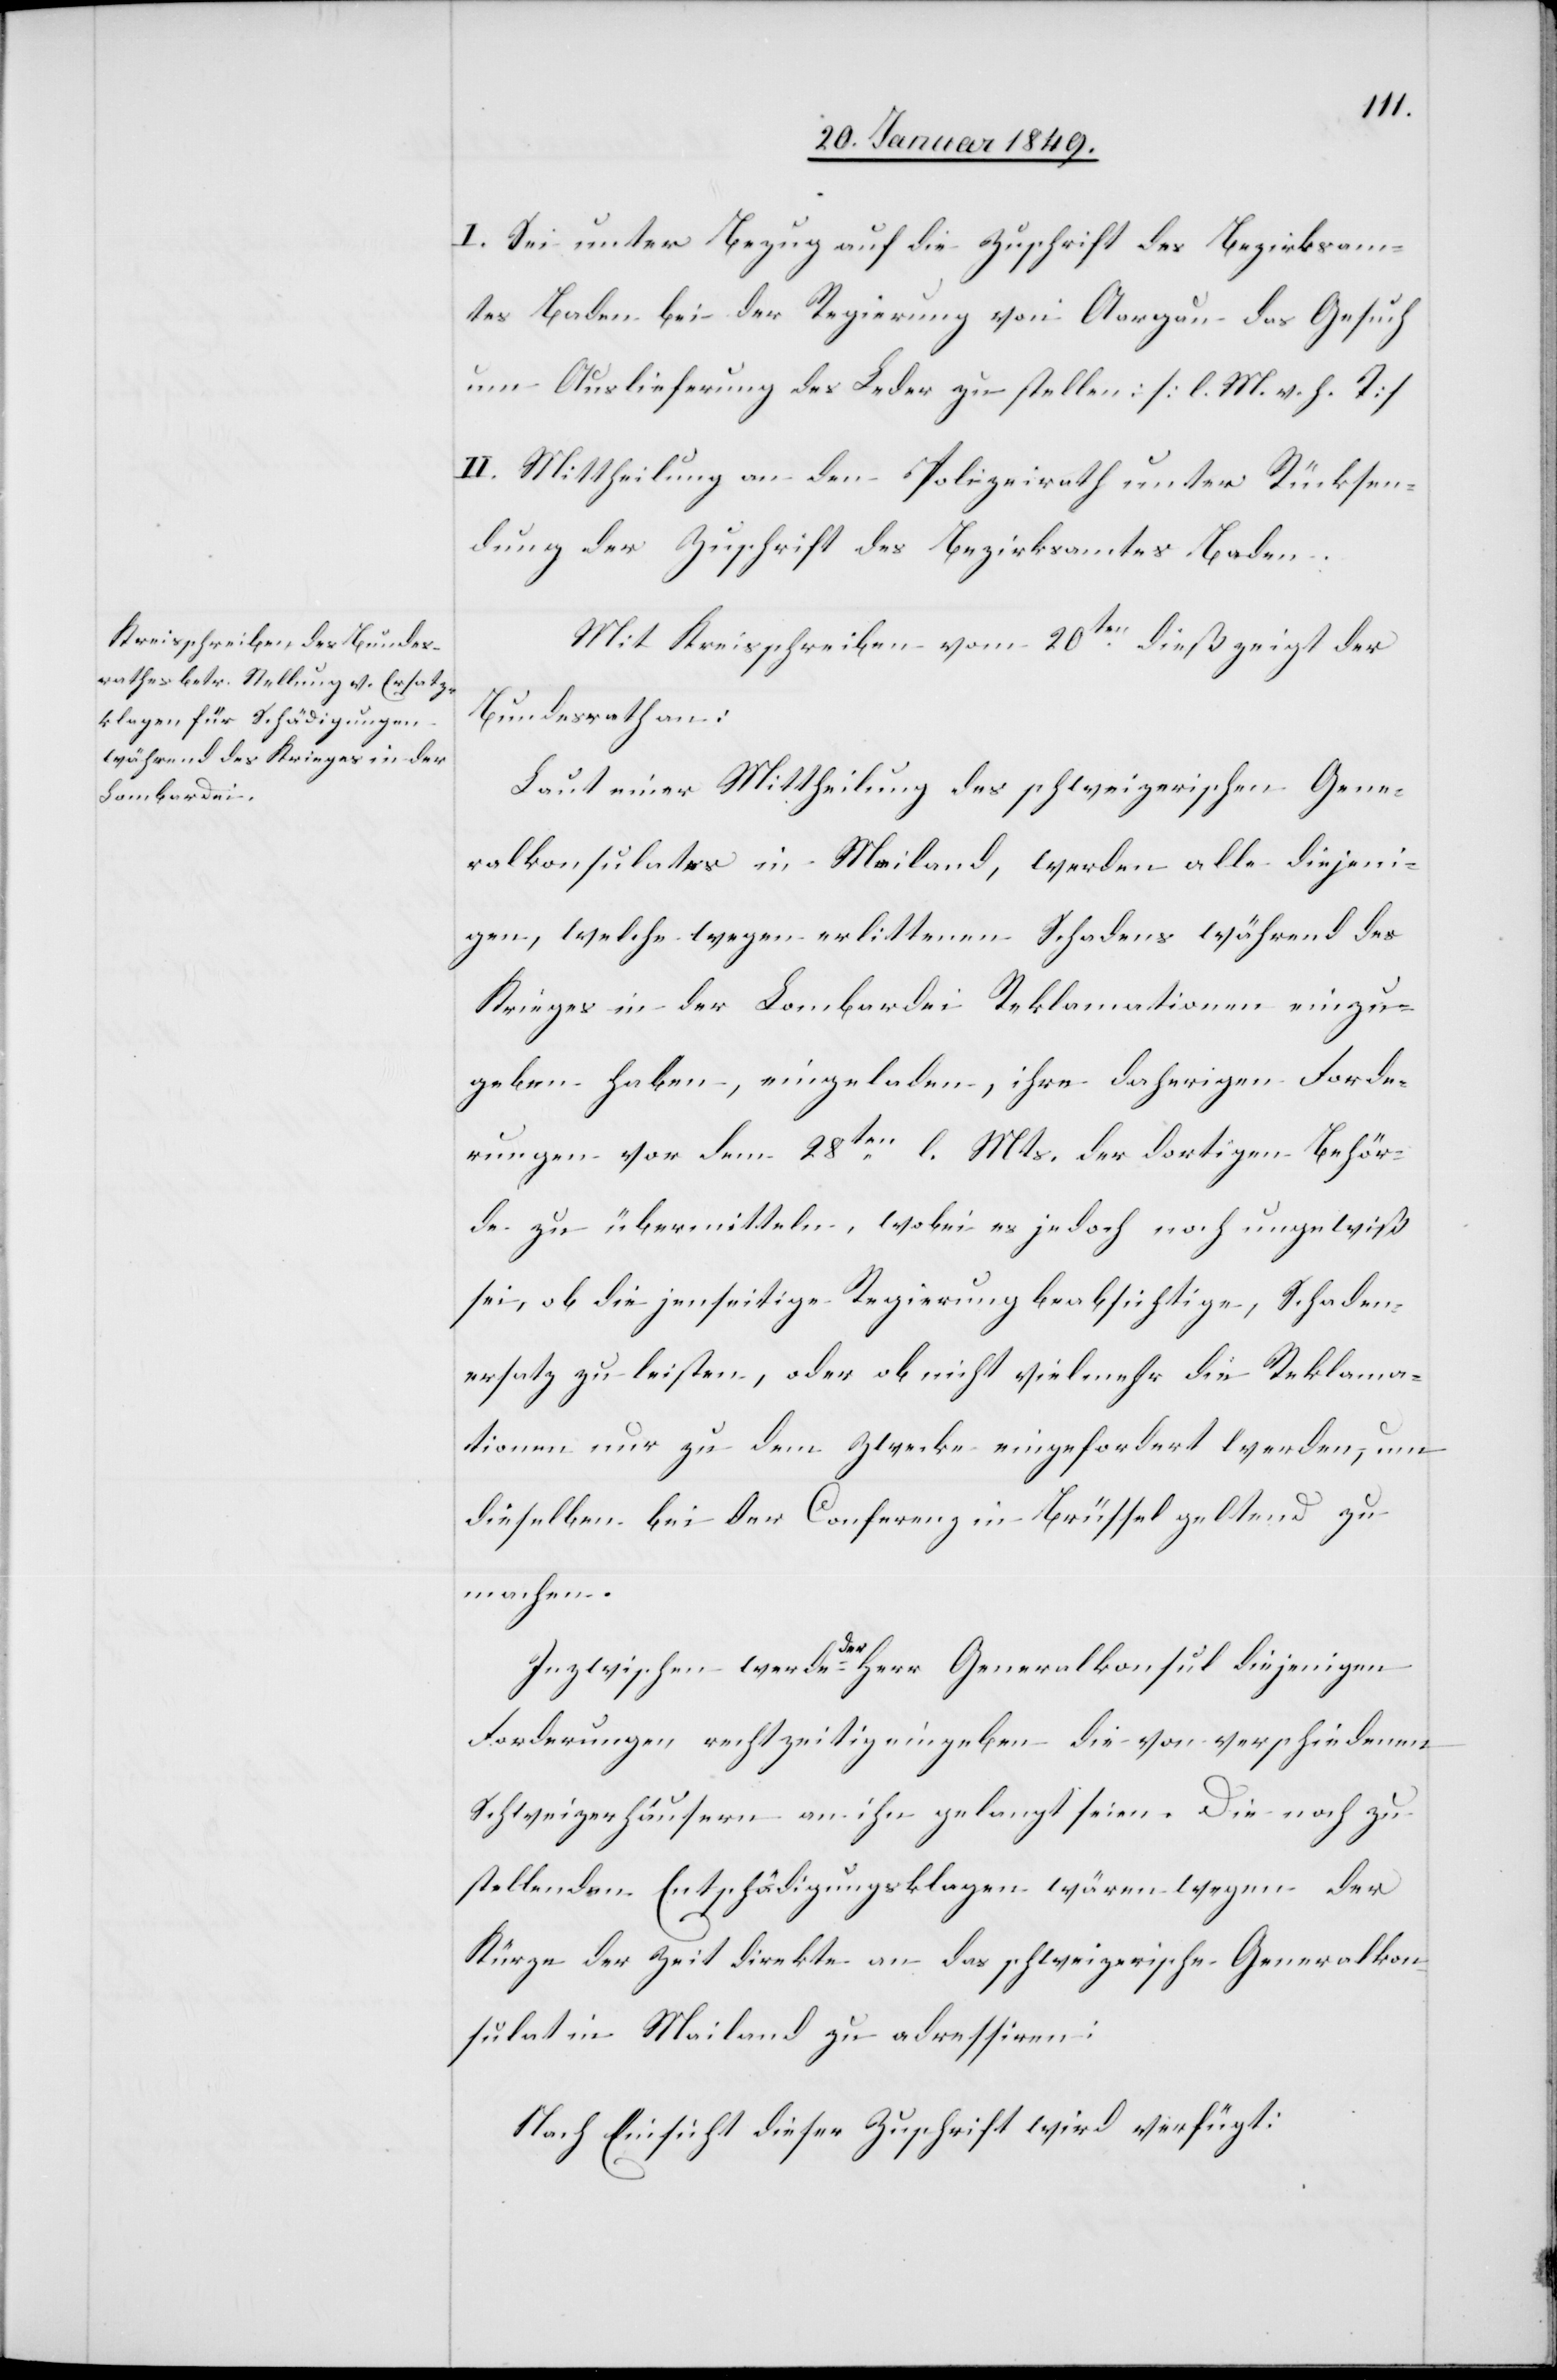
23. Januar 1849.]
I. Sei unter Bezug auf die Zuschrift des Bezirksam¬
tes Baden bei der Regierung von Aargau das Gesuch
um Auslieferung des Leder zu stellen: [l. M. v. h. T]
II. Mittheilung an den Polizeirath unter Rücksen¬
dung der Zuschrift des Bezirksamtes Baden.
Mit Kreisschreiben vom 20ten. dieß zeigt der
Bundesrath an:
Laut einer Mittheilung des schweizerischen Gene¬
ralkonsulates in Mailand, werden alle diejeni¬
gen, welche wegen erlittenen Schadens während des
Krieges in der Lombardei Reklamationen einzu¬
geben haben, eingeladen, ihre daherigen Forde¬
rungen vor dem 28ten. l. Mts. der dortigen Behör¬
de zu übermitteln, wobei es jedoch noch ungewiß
sei, ob die jenseitige Regierung beabsichtige, Schaden¬
ersatz zu leisten, oder ob nicht vielmehr die Reklama¬
tionen nur zu dem Zwecke eingefordert werden, um
dieselben bei der Conferenz in Brüssel geltend zu
machen.
Inzwischen werde der Herr Generalkonsul diejenigen
Forderungen rechtzeitig eingeben die von verschiedenen
Schweizerhäusern an ihn gelangt seien. Die noch zu
stellenden Entschädigungsklagen wären wegen der
Kürze der Zeit direkte an das schweizerische Generalkon¬
sulat in Mailand zu adressiren:
Nach Einsicht dieser Zuschrift wird verfügt: